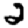
Digit: 2